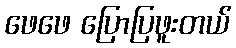
ဖေဖေ ပြောပြဖူးတယ်